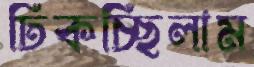
ঢিকচ্ছিলাম